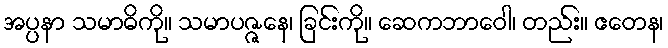
အပ္ပနာ သမာဓိကို။ သမာပဇ္ဇနေ၊ ခြင်းကို။ ဆေကဘာဝေါ၊ တည်း။ ဧတေန၊